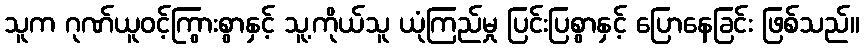
သူက ဂုဏ်ယူဝင့်ကြွားစွာနှင့် သူ့ကိုယ်သူ ယုံကြည်မှု ပြင်းပြစွာနှင့် ပြောနေခြင်း ဖြစ်သည်။